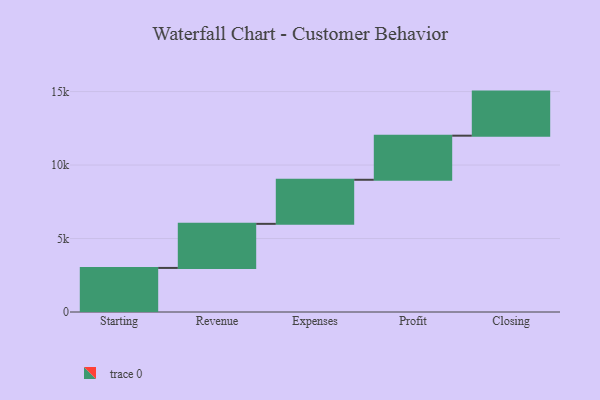
{"axis": {"x": "Step", "y": "Value"}, "legend": [""], "data": [{"x": "Starting", "y": 2999.0, "type": ""}, {"x": "Revenue", "y": 3000, "type": ""}, {"x": "Expenses", "y": 3000, "type": ""}, {"x": "Profit", "y": 3000, "type": ""}, {"x": "Closing", "y": 3000, "type": ""}]}